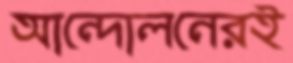
আন্দোলনেরই